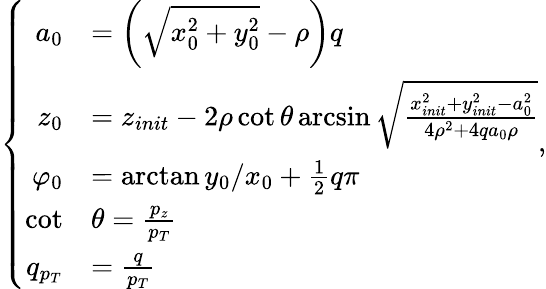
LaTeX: \left\{ \begin{array}{rl}{a_{0}}&{=\left(\sqrt{x_{0}^{2}+y_{0}^{2}}-\rho\right)q}\\ {z_{0}}&{=z_{init}-2\rho\cot{\theta}\arcsin{\sqrt{\frac{x_{init}^{2}+y_{init}^{2}-a_{0}^{2}}{4\rho^{2}+4qa_{0}\rho}}}}\\ {\varphi_{0}}&{=\arctan{y_{0}/x_{0}}+\frac{1}{2}q\pi}\\ {\cot}&{\theta=\frac{p_{z}}{p_{T}}}\\ {q_{p_{T}}}&{=\frac{q}{p_{T}}}\end{array}\right.,